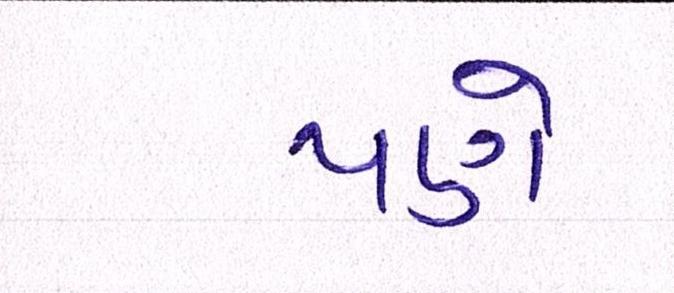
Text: પણે